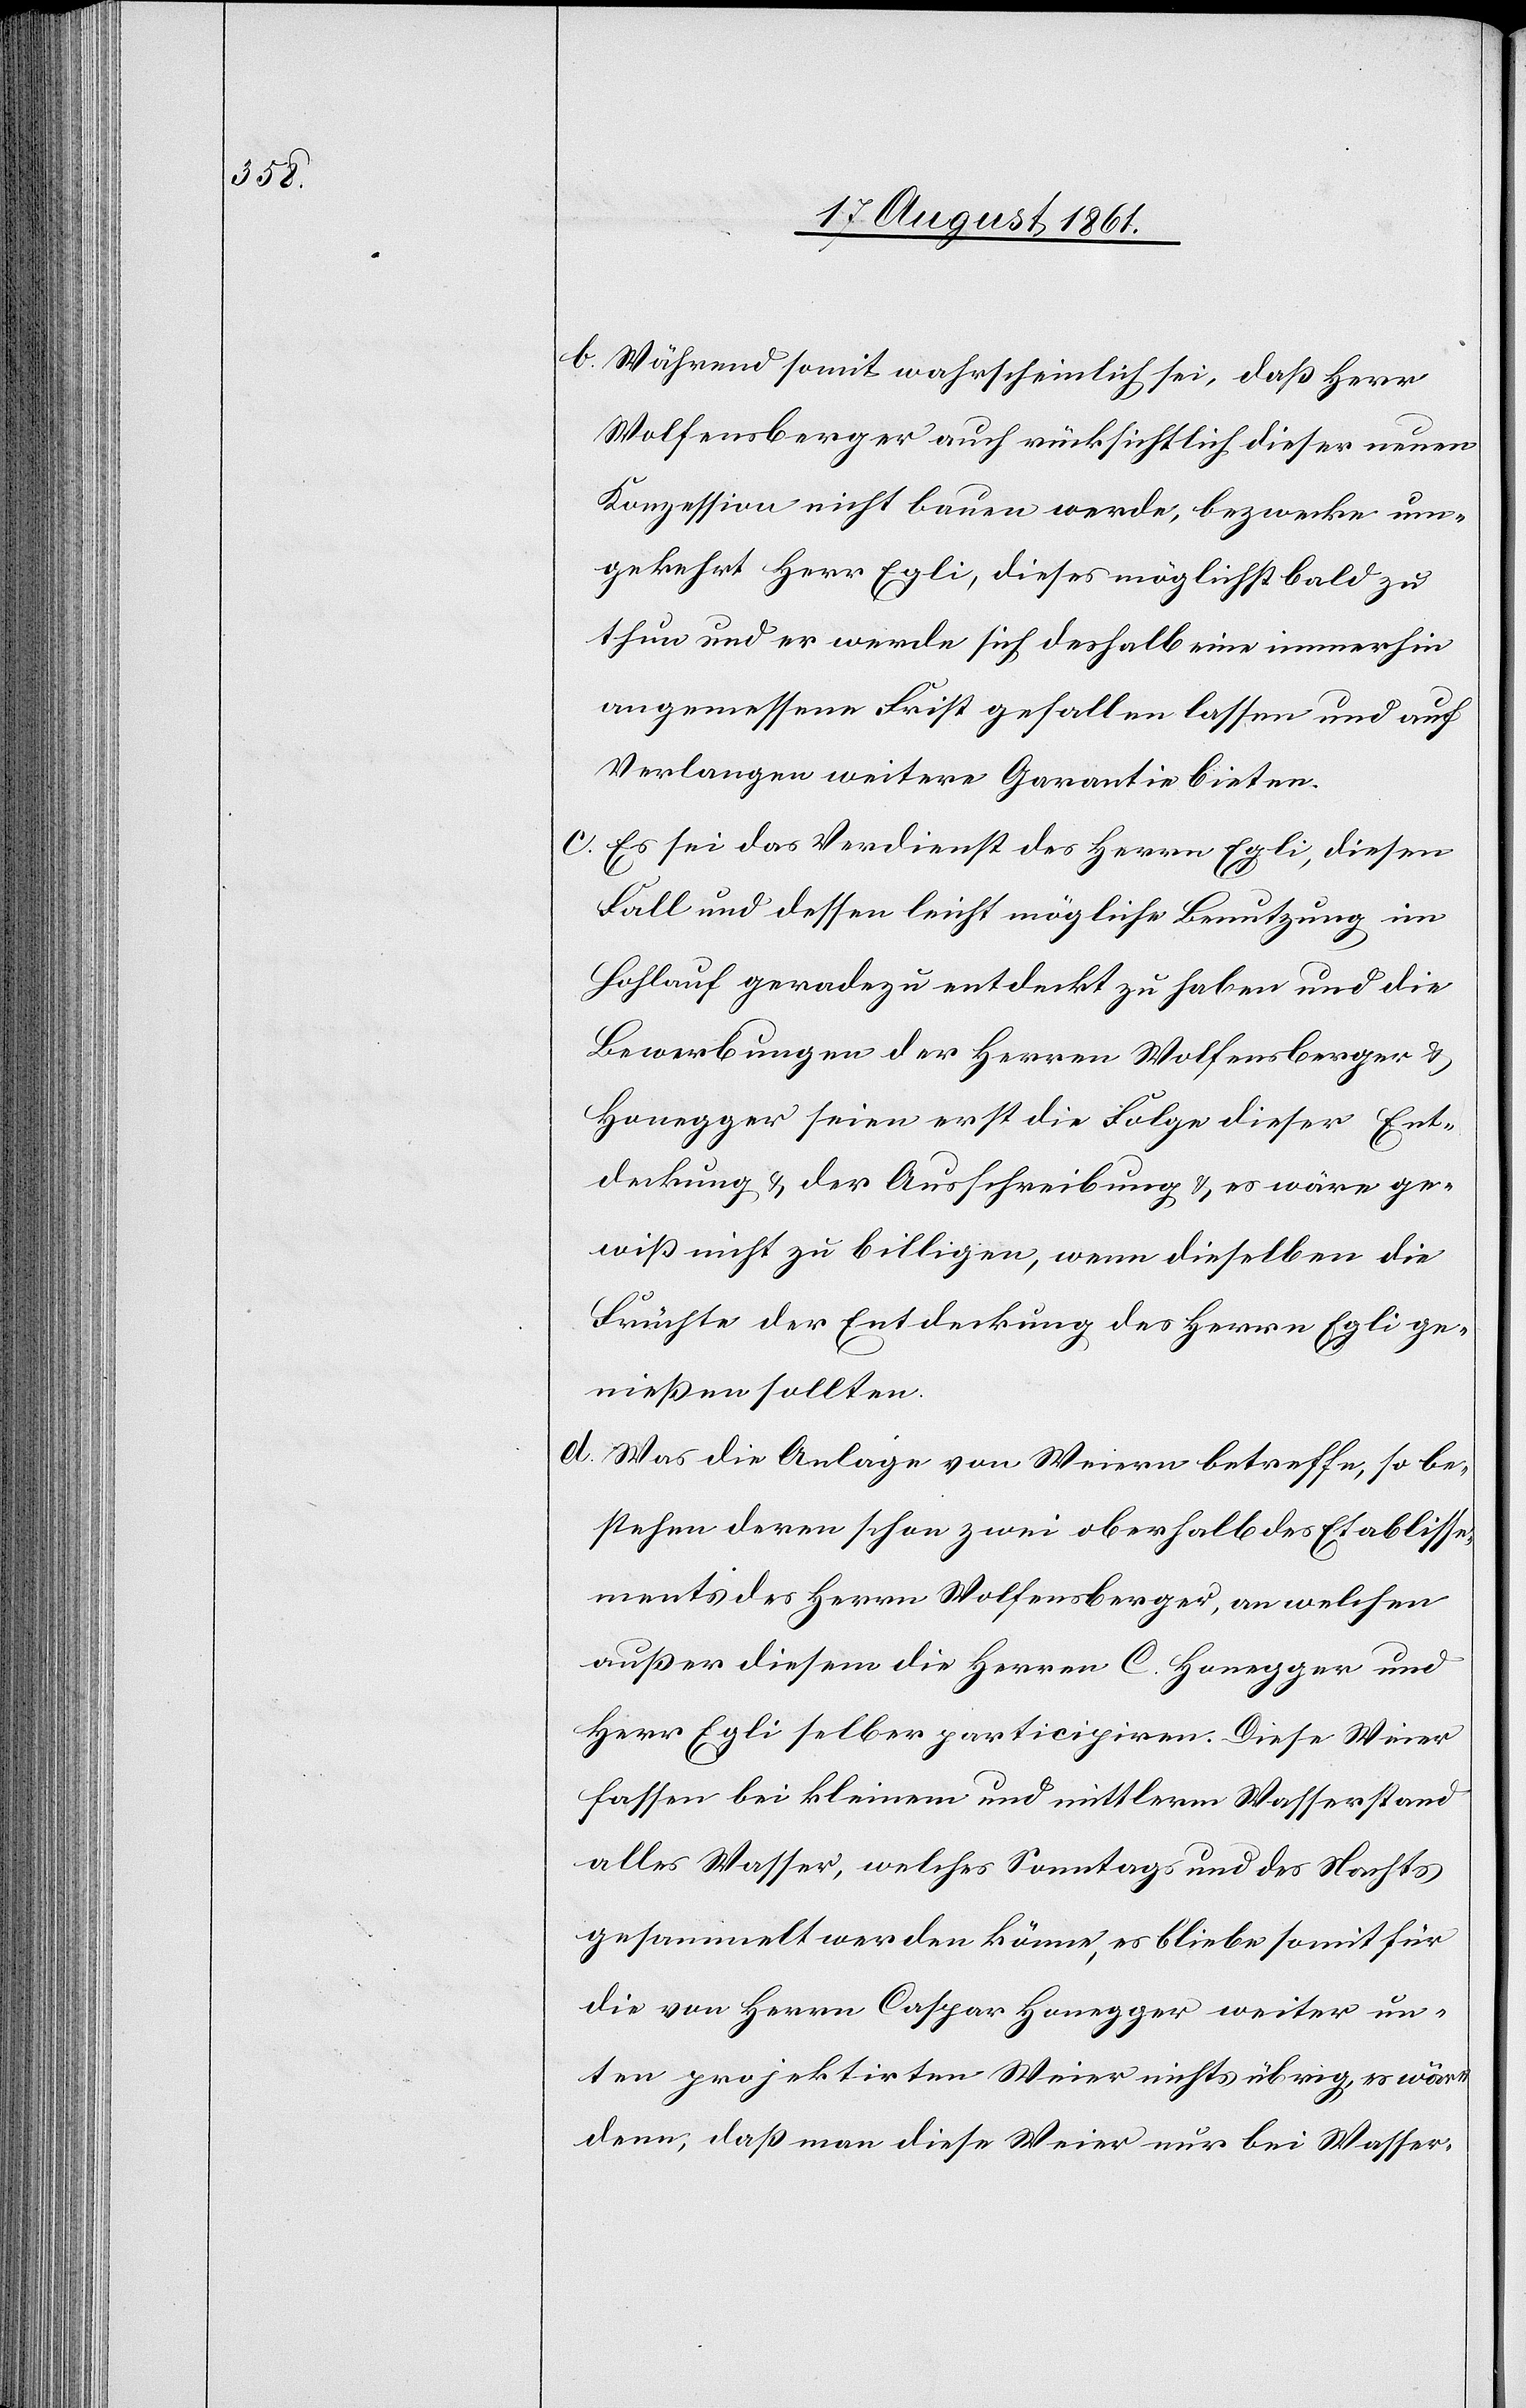
b. Während somit wahrscheinlich sei, daß Herr
Wolfensberger auch rücksichtlich dieser neuen
Konzession nicht bauen werde, bezwecke um¬
gekehrt Herr Egli, dieses möglichst bald zu
thun und er werde sich deshalb eine immerhin
angemessene Frist gefallen lassen und auf
Verlangen weitere Garantie bieten.
c. Es sei das Verdienst des Herrn Egli, diesen
Fall und dessen leicht mögliche Benutzung im
Hohlauf geradezu entdeckt zu haben und die
Bewerbungen der Herren Wolfensberger u.
Honegger seien erst die Folge dieser Ent¬
deckung u. der Ausschreibung u. es wäre ge¬
wiß nicht zu billigen, wenn dieselben die
Früchte der Entdeckung des Herrn Egli ge¬
nießen sollten.
d. Was die Anlage von Weiern betreffe, so be¬
stehen deren schon zwei oberhalb des Etablisse¬
ments des Herrn Wolfensberger, an welchen
außer diesem die Herren C. Honegger und
Herr Egli selber participiren. Diese Weier
fassen bei kleinem und mittlerm Wasserstand
alles Wasser, welches Sonntags und des Nachts
gesammelt werden könne, es bliebe somit für
die von Herrn Caspar Honegger weiter un¬
ten projektirten Weier nichts übrig, es wäre
denn, daß man diese Weier nur bei Wasser-